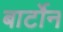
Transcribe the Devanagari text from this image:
बार्टोन